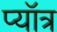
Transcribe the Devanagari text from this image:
प्यॉत्र